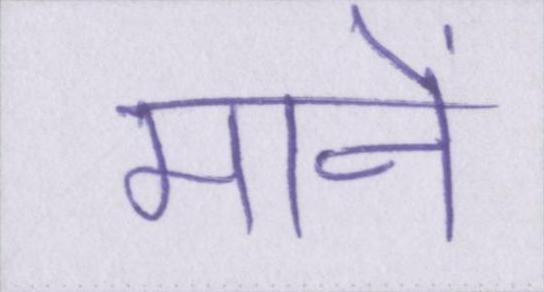
मानें